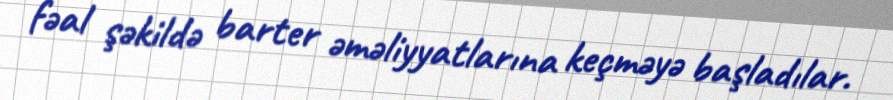
fəal şəkildə barter əməliyyatlarına keçməyə başladılar.